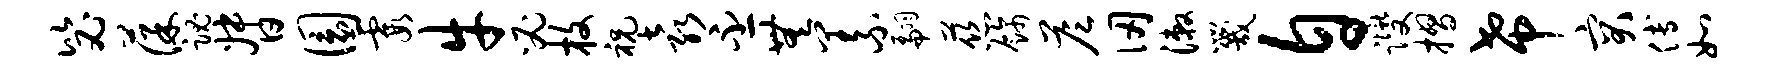
毖葆魂督圜霞牛必枚祝袁丕无义翩慈饰答仞漱咒自躞摺希突傅如